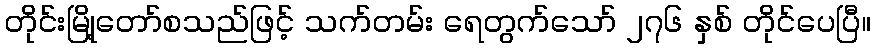
တိုင်းမြို့တော်စသည်ဖြင့် သက်တမ်း ရေတွက်သော် ၂၇၆ နှစ် တိုင်ပေပြီ။